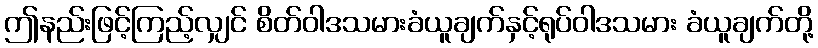
ဤနည်းဖြင့်ကြည့်လျှင် စိတ်ဝါဒသမားခံယူချက်နှင့်ရုပ်ဝါဒသမား ခံယူချက်တို့